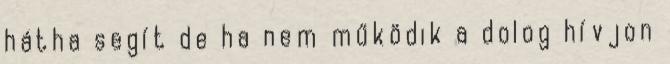
hátha segít de ha nem működik a dolog hívjon